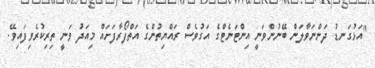
"އަޅުގަނޑު ދަންނަވާލަން ބޭނުންވަނީ އިންޓަނެޓްގެ އަގުވެސް ރައްޔިތުންގެ އަތްފޯރާފަށައް މިއަދު ވަނީ ތިރިކުރެވިފައިވޭ.